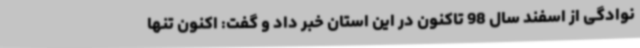
نوادگی از اسفند سال 98 تاکنون در این استان خبر داد و گفت: اکنون تنها